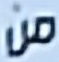
من